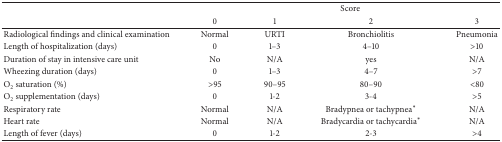
|  | <COLSPAN=4> Score |
 |  | 0 | 1 | 2 | 3 |
 | --- | --- | --- | --- | --- |
 | Radiological findings and clinical examination | Normal | URTI | Bronchiolitis | Pneumonia |
 | Length of hospitalization (days) | 0 | 1–3 | 4–10 | >10 |
 | Duration of stay in intensive care unit | No | N/A | yes | N/A |
 | Wheezing duration (days) | 0 | 1–3 | 4–7 | >7 |
 | O2 saturation (%) | >95 | 90–95 | 80–90 | <80 |
 | O2 supplementation (days) | 0 | 1-2 | 3-4 | >5 |
 | Respiratory rate | Normal | N/A | Bradypnea or tachypnea* | N/A |
 | Heart rate | Normal | N/A | Bradycardia or tachycardia* | N/A |
 | Length of fever (days) | 0 | 1-2 | 2-3 | >4 |